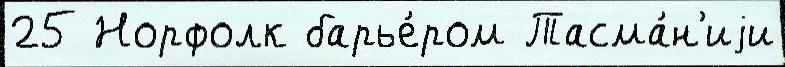
25 Норфолк барье́ром Тасма́н'иjи